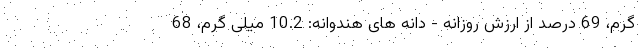
گرم، 69 درصد از ارزش روزانه - دانه های هندوانه: 10.2 میلی گرم، 68